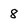
Character: 8